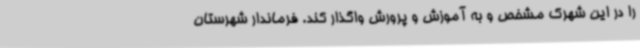
را در این شهرک مشخص و به آموزش و پرورش واگذار کند. فرماندار شهرستان